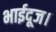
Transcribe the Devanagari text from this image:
भाईदूज।